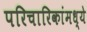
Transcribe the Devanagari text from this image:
परिचारिकांमध्ये